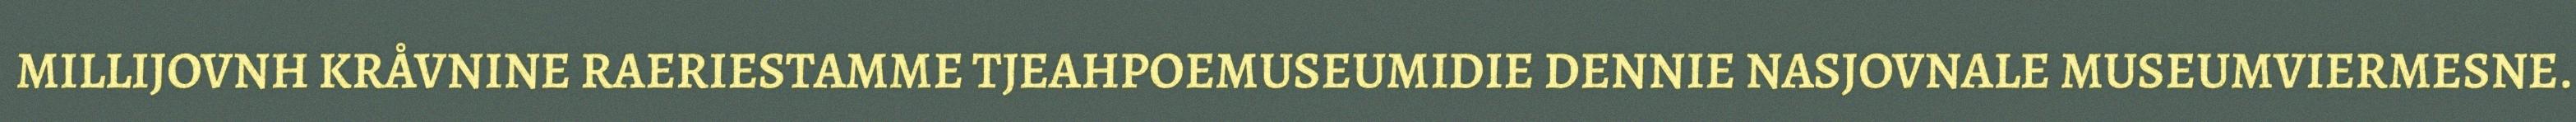
MILLIJOVNH KRÅVNINE RAERIESTAMME TJEAHPOEMUSEUMIDIE DENNIE NASJOVNALE MUSEUMVIERMESNE.